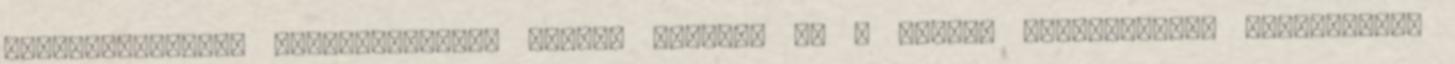
személyiségének megjelenítését szokás érteni. Ez a műfaji meghatározás egyszerűnek